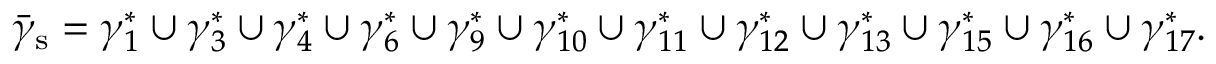
\bar { \gamma } _ { \mathrm { s } } = \gamma _ { 1 } ^ { \ast } \cup \gamma _ { 3 } ^ { \ast } \cup \gamma _ { 4 } ^ { \ast } \cup \gamma _ { 6 } ^ { \ast } \cup \gamma _ { 9 } ^ { \ast } \cup \gamma _ { 1 0 } ^ { \ast } \cup \gamma _ { 1 1 } ^ { \ast } \cup \gamma _ { 1 2 } ^ { \ast } \cup \gamma _ { 1 3 } ^ { \ast } \cup \gamma _ { 1 5 } ^ { \ast } \cup \gamma _ { 1 6 } ^ { \ast } \cup \gamma _ { 1 7 } ^ { \ast } .